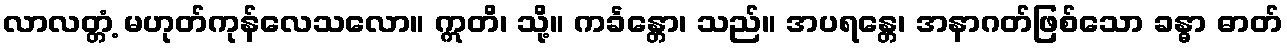
လာလတ္တံ့ မဟုတ်ကုန်လေသလော။ ဣတိ၊ သို့။ ကင်္ခန္တော၊ သည်။ အပရန္တေ၊ အနာဂတ်ဖြစ်သော ခန္ဓာ ဓာတ်